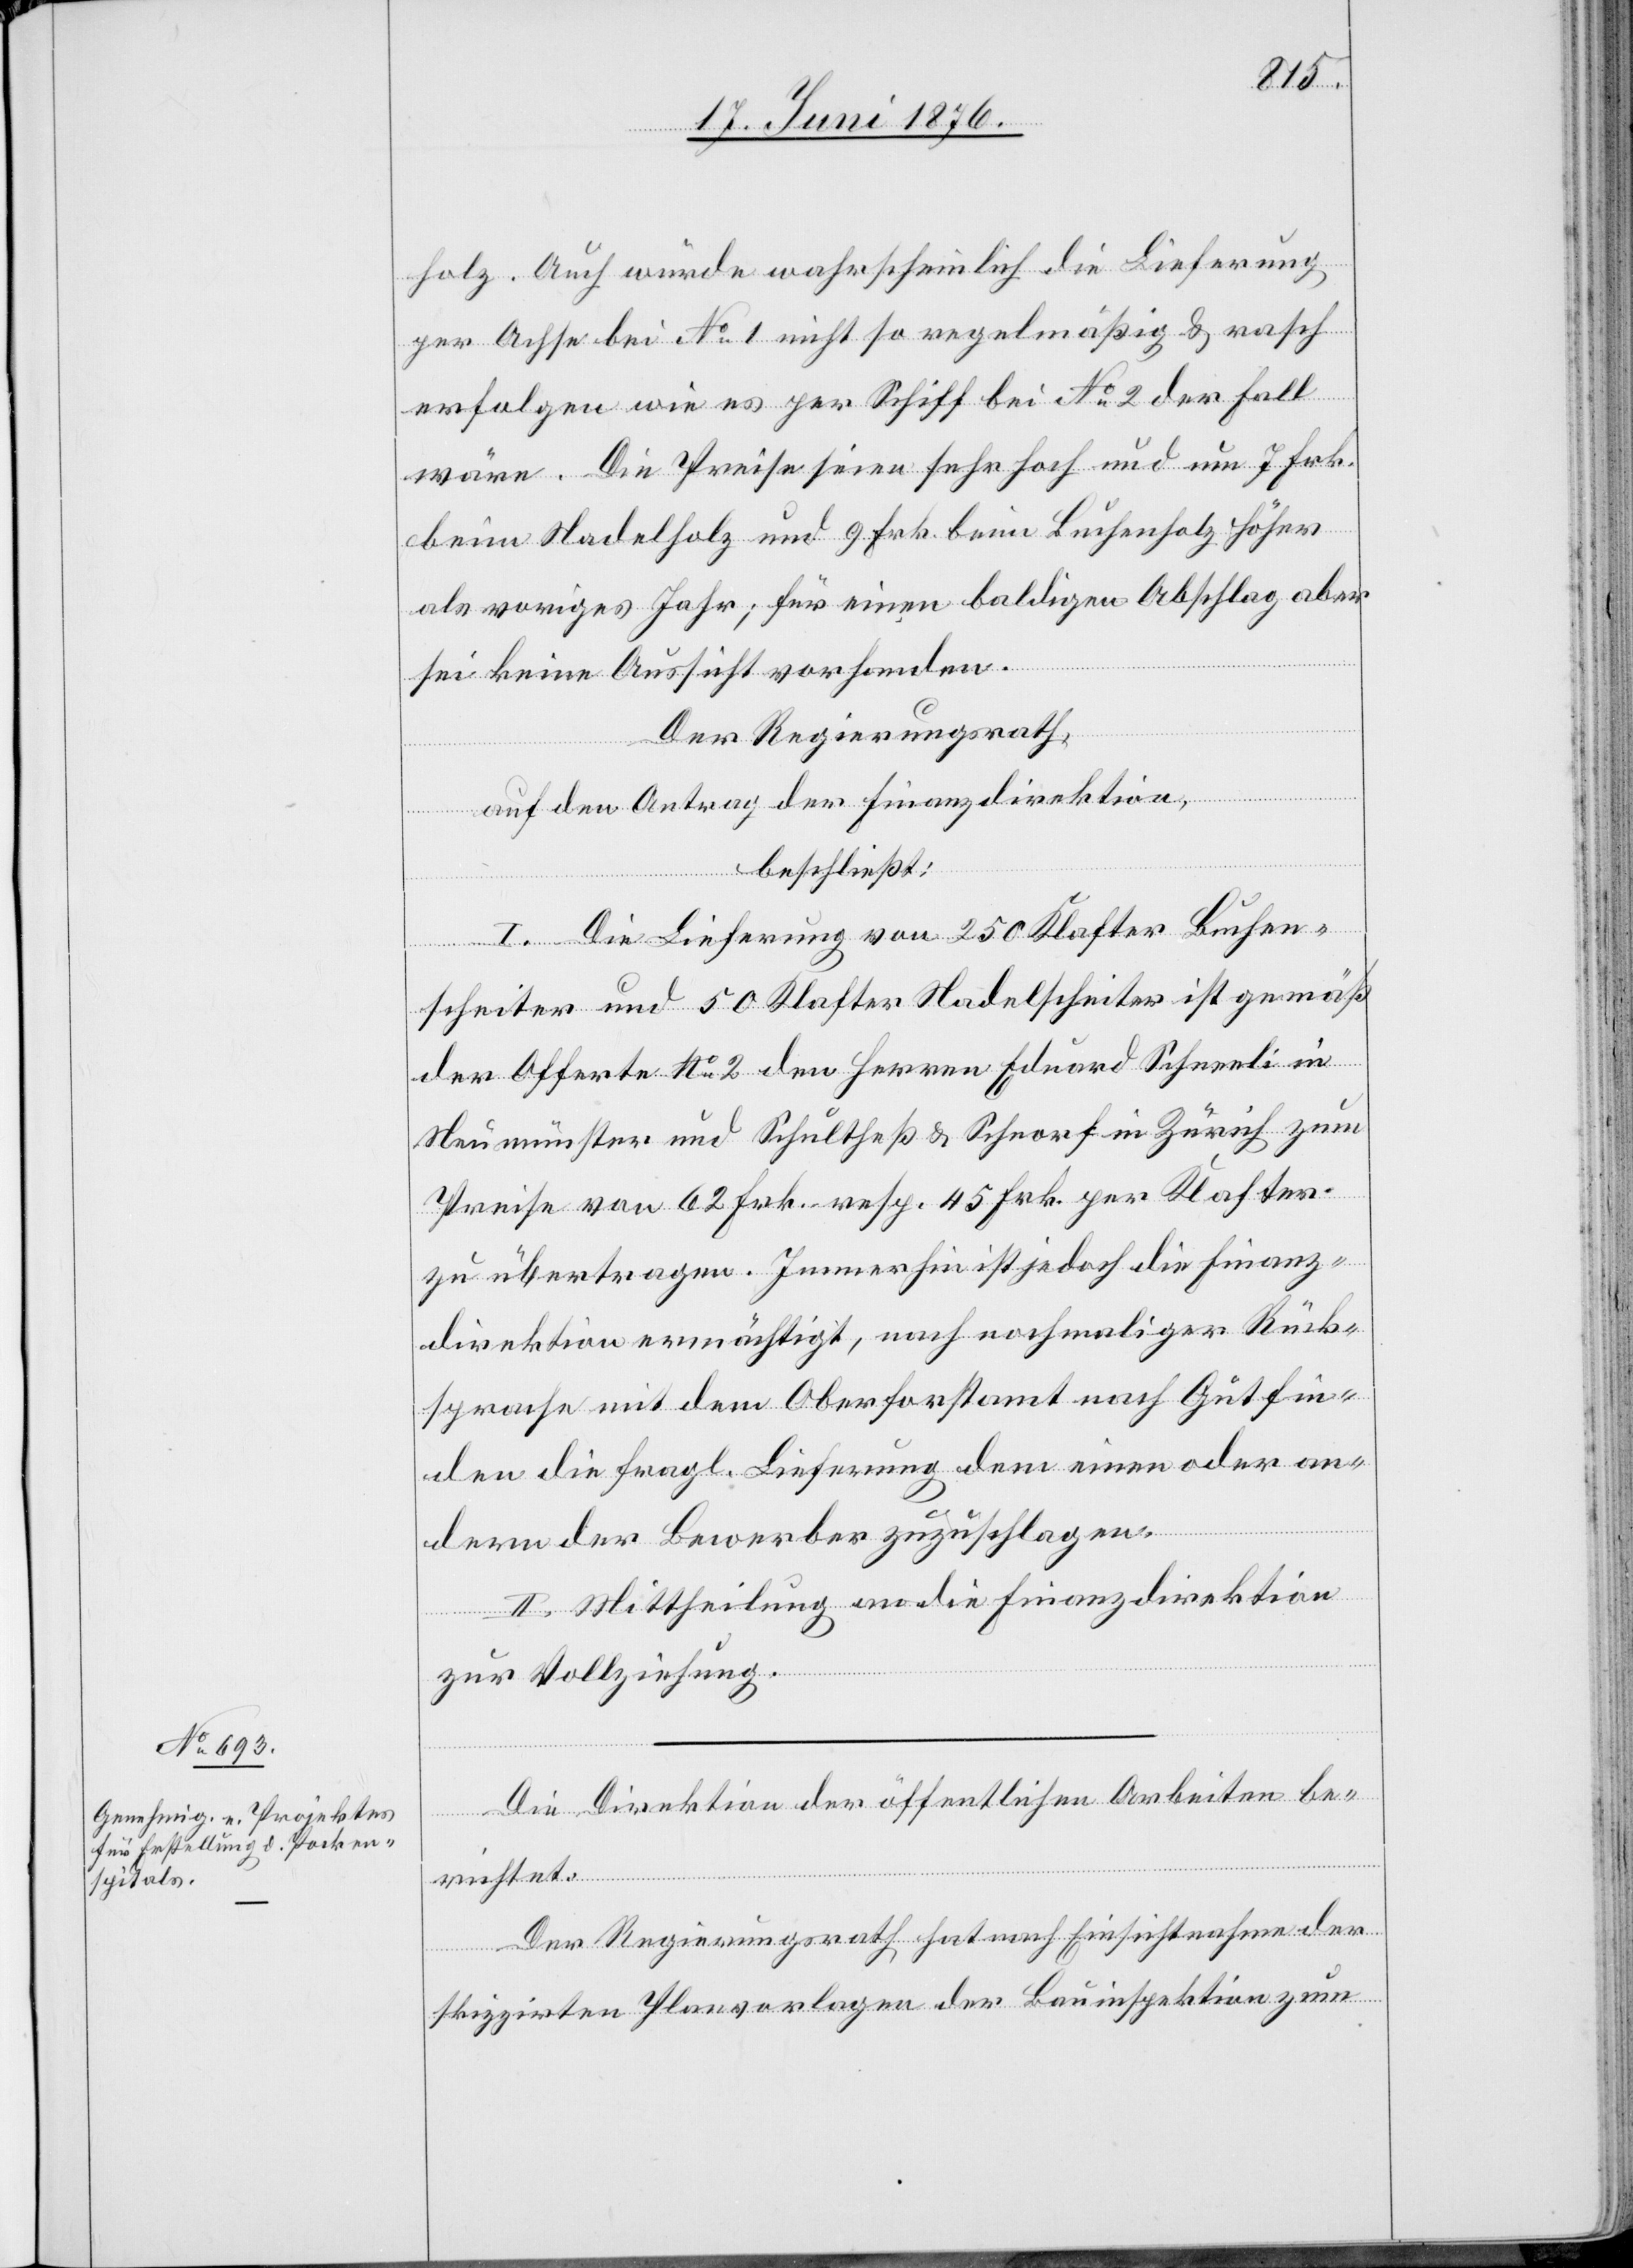
holz. Auch würde wahrscheinlich die Lieferung
per Achse bei No 1 nicht so regelmäßig & rasch
erfolgen wie es per Schiff bei No 2 der Fall
wäre. Die Preise seien sehr hoch und um 7 Frk.
beim Nadelholz und 9 Frk. beim Buchenholz höher
als voriges Jahr; für einen baldigen Abschlag aber
sei keine Aussicht vorhanden.
Der Regierungsrath,
auf den Antrag der Finanzdirektion,
beschließt:
I. Die Lieferung von 250 Klafter Buchen¬
scheiter und 50 Klafter Nadelscheiter ist gemäß
der Offerte No 2 den Herren Eduard Schneeli in
Neumünster und Schultheß & Schnorf in Zürich zum
Preise von 62 Frk. resp. 45 Frk. per Klafter
zu übertragen. Immerhin ist jedoch die Finanz¬
direktion ermächtig, nach nochmaliger Rück¬
sprache mit dem Oberforstamt nach Gutfin¬
den die fragl. Lieferung dem einen oder an¬
dern der Bewerber zuzuschlagen.
II. Mittheilung an die Finanzdirektion
zur Vollziehung.
Die Direktion der öffentlichen Arbeiten be¬
richtet:
Der Regierungsrath hat nach Einsichtnahme der
skizzirten Planvorlagen der Bauinspektion zum